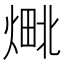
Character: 𬊴